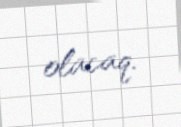
olacaq.